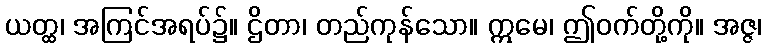
ယတ္ထ၊ အကြင်အရပ်၌။ ဌိတာ၊ တည်ကုန်သော။ ဣမေ၊ ဤဝက်တို့ကို။ အဇ္ဇ၊